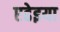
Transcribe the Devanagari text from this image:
एढेइया